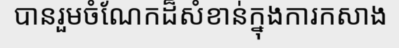
បានរួមចំណែកដ៏សំខាន់ក្នុងការកសាង